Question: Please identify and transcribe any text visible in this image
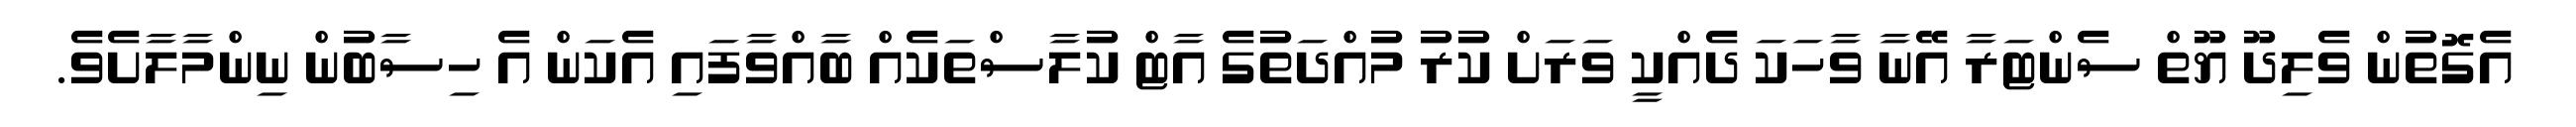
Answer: އެގޮތުން ވެލިދޫ ޔޫތް ސެންޓަރާ އޭނާ ވާހަކަ ދެއްކީ ވަރަށް ކުރު މުއްދަތުގެ އާޓް ކުލާސްތަކެއް ބާއްވާފައި އެކަން އެ ހިސާބުން ނިންމާލާށެވެ.